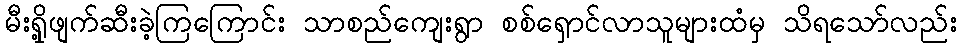
မီးရှို့ဖျက်ဆီးခဲ့ကြကြောင်း သာစည်ကျေးရွာ စစ်ရှောင်လာသူများထံမှ သိရသော်လည်း